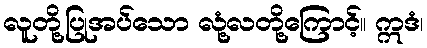
လူတို့ပြုအပ်သော လုံ့လတို့ကြောင့်။ ဣဒံ၊